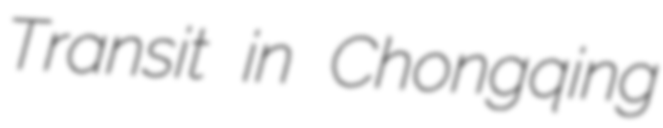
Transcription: Transit in Chongqing